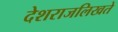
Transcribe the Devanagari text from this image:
देशराजलिखते